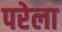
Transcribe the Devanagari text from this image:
परेला